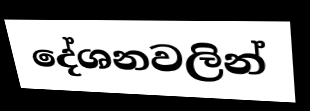
දේශනවලින්